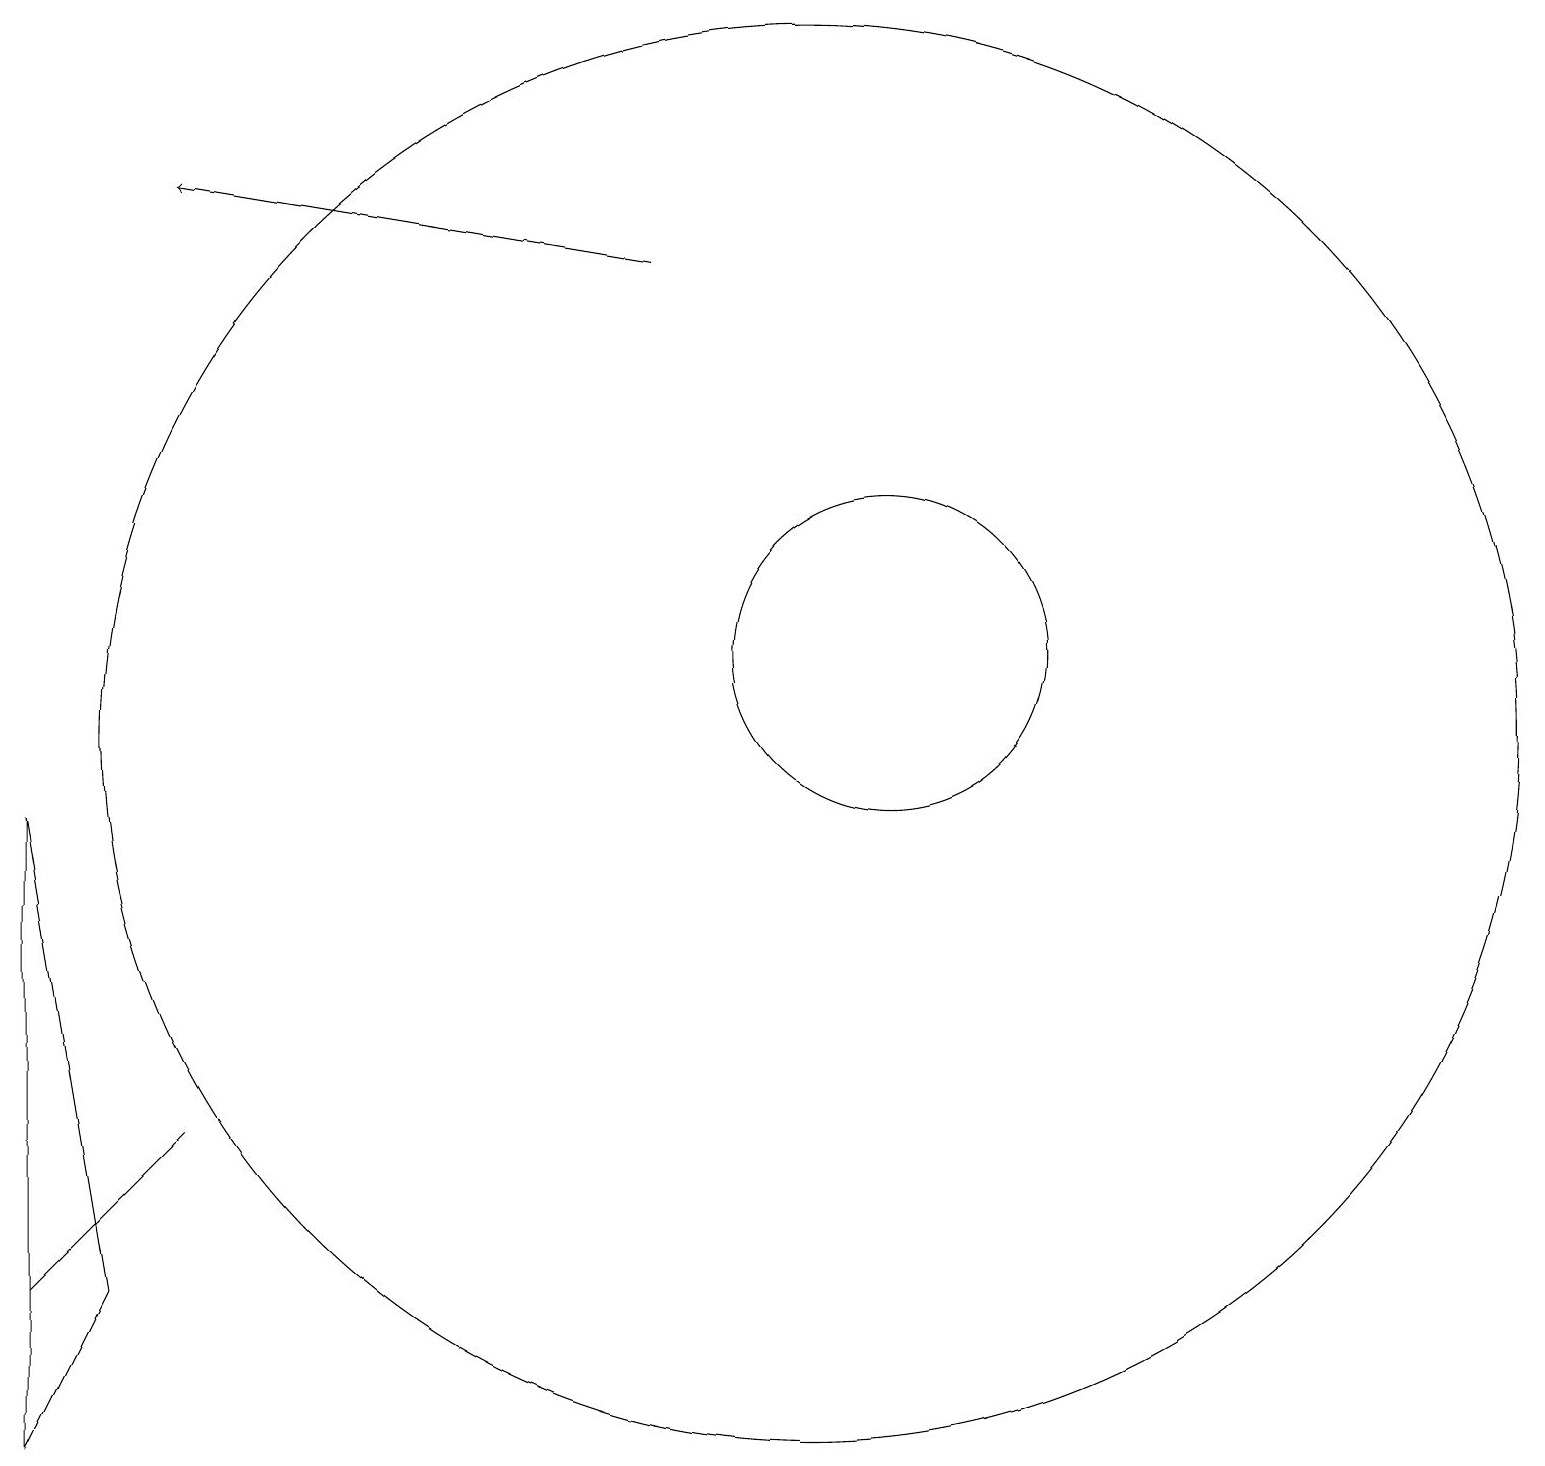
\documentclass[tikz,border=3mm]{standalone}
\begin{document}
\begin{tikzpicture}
\draw (1,3) -- (0,1) -- (0,9) -- cycle;
\draw (0,3) -- (2,5) -- (2,5) -- cycle;
\draw (10,10) circle (9);
\draw (11,11) circle (0);
\draw[->] (8,16) -- (2,17);
\draw (11,11) circle (2);
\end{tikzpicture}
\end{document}